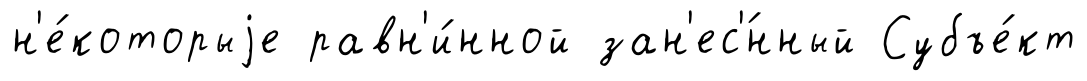
н'е́которыjе равн'и́нной зан'ес'́нный Субъе́кт